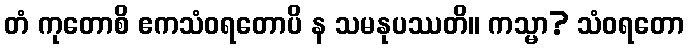
တံ ကုတောစိ ဧကသံဝရတောပိ န သမနုပဿတိ။ ကသ္မာ? သံဝရတော